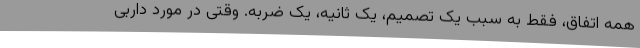
همه اتفاق، فقط به‌ سبب یک تصمیم، یک ثانیه، یک ضربه. وقتی در مورد داربی